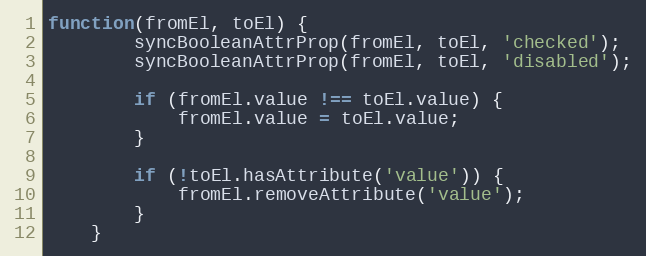
Language: JavaScript
function(fromEl, toEl) {
        syncBooleanAttrProp(fromEl, toEl, 'checked');
        syncBooleanAttrProp(fromEl, toEl, 'disabled');

        if (fromEl.value !== toEl.value) {
            fromEl.value = toEl.value;
        }

        if (!toEl.hasAttribute('value')) {
            fromEl.removeAttribute('value');
        }
    }